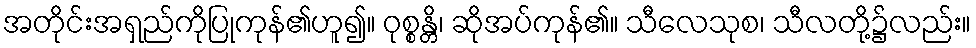
အတိုင်းအရှည်ကိုပြုကုန်၏ဟူ၍။ ဝုစ္စန္တိ၊ ဆိုအပ်ကုန်၏။ သီလေသုစ၊ သီလတို့၌လည်း။